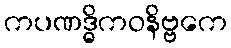
ကပဏဒ္ဓိကဝနိဗ္ဗကေ